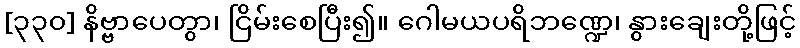
[၃၃၀] နိဗ္ဗာပေတွာ၊ ငြိမ်းစေပြီး၍။ ဂေါမယပရိဘဏ္ဍေ၊ နွားချေးတို့ဖြင့်